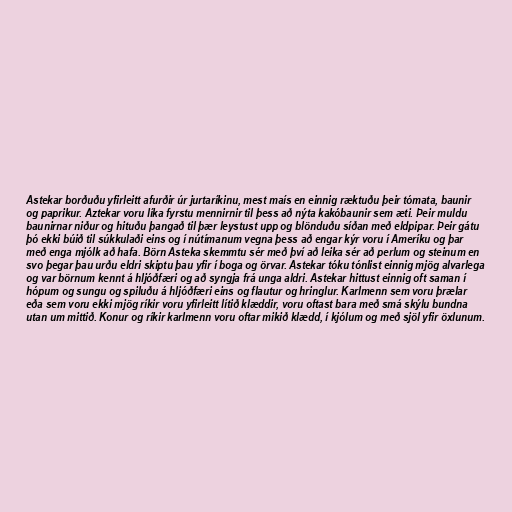
Astekar borðuðu yfirleitt afurðir úr jurtaríkinu, mest maís en einnig ræktuðu þeir tómata, baunir
og paprikur. Aztekar voru líka fyrstu mennirnir til þess að nýta kakóbaunir sem æti. Þeir muldu
baunirnar niður og hituðu þangað til þær leystust upp og blönduðu síðan með eldpipar. Þeir gátu
þó ekki búið til súkkulaði eins og í nútímanum vegna þess að engar kýr voru í Ameríku og þar
með enga mjólk að hafa. Börn Asteka skemmtu sér með því að leika sér að perlum og steinum en
svo þegar þau urðu eldri skiptu þau yfir í boga og örvar. Astekar tóku tónlist einnig mjög alvarlega
og var börnum kennt á hljóðfæri og að syngja frá unga aldri. Astekar hittust einnig oft saman í
hópum og sungu og spiluðu á hljóðfæri eins og flautur og hringlur. Karlmenn sem voru þrælar
eða sem voru ekki mjög ríkir voru yfirleitt lítið klæddir, voru oftast bara með smá skýlu bundna
utan um mittið. Konur og ríkir karlmenn voru oftar mikið klædd, í kjólum og með sjöl yfir öxlunum.